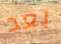
بعد